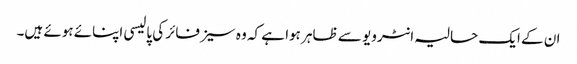
ان کے ایک حالیہ انٹرویو سے ظاہر ہوا ہے کہ وہ سیز فائر کی پالیسی اپنائے ہوئے ہیں۔